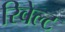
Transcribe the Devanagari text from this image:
रिवेल्ट